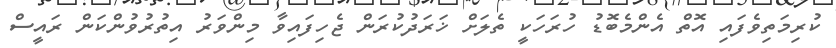
ކުރިމަތިވެފައި އޮތް އެންމެބޮޑު ހުރަހަކީ ތެލަށް ޚަރަދުކުރަން ޖެހިފައިވާ މިންވަރު އިތުރުވުންކަން ރައީސް